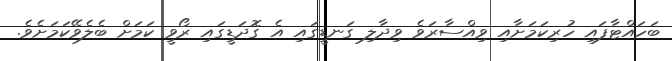
ބަހައްޓާފައި ހުރިކަމަށާއި ވިއްސާރަވެ ވިދާލި ގަނޑީގައި އެ ގޮދަޑީގައި ރޯވީ ކަމަށް ބެލެވޭކަމަށެވެ.